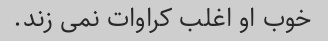
خوب او اغلب کراوات نمی زند.